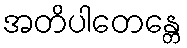
အတိပါတေန္တေ